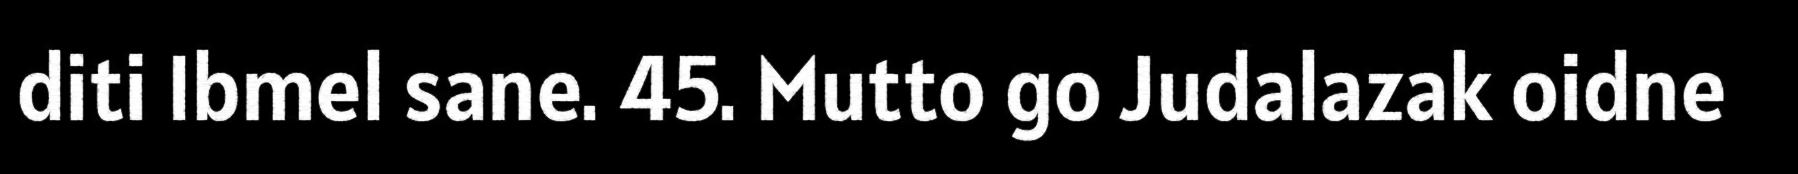
diti Ibmel sane. 45. Mutto go Judalazak oidne